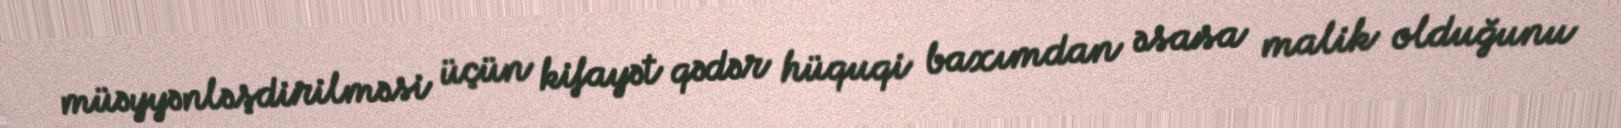
müəyyənləşdirilməsi üçün kifayət qədər hüquqi baxımdan əsasa malik olduğunu